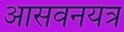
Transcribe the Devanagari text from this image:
आसवनयंत्र